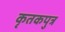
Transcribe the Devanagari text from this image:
कृतकपुत्र